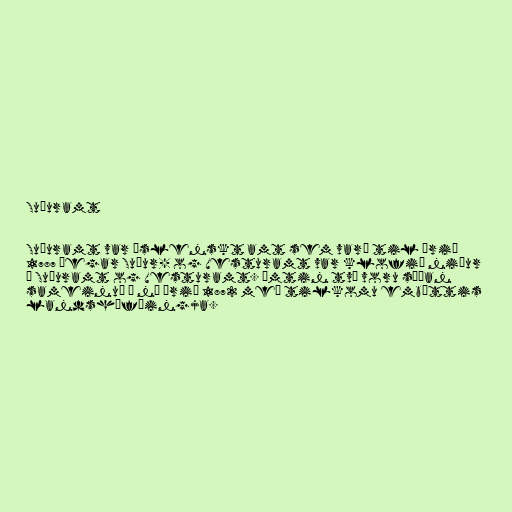
Suðuramt

Suðuramt var íslenskt amt sem varð til árið
1787 þegar Suður- og Vesturamt var klofið niður
í Suðuramt og Vesturamt. Ömtin tvö voru síðan
sameinuð á ný árið 1872 með tilkomu embættis
landshöfðingja.